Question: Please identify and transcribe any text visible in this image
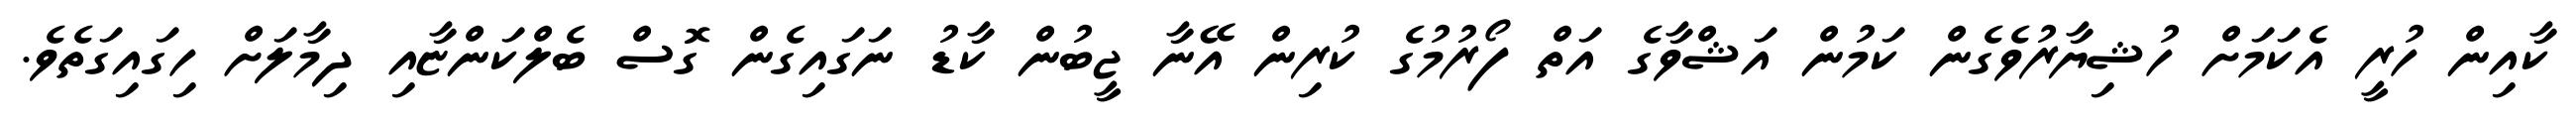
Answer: ކާއިން ހުރީ އެކަމަށް ހުޝިޔާރުވެގެން ކަމުން އަޝްވާގެ އަތް ފޯރުމުގެ ކުރިން އޭނާ ޖީބުން ކާޑު ނަގައިގެން ގޮސް ބެލްކަންޏާއި ދިމާލަށް ހިގައިގަތެވެ.